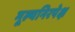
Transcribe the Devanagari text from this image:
मूल्यनिरपेक्ष